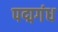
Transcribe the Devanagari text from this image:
पद्मगंध